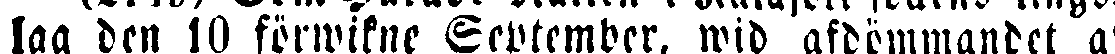
lag den 10 förwikne September, wid afdömmandet af